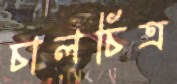
চালচিত্র